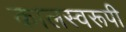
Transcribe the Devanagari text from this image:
कालस्वरूपी